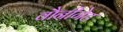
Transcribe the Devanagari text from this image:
वौनीगेट